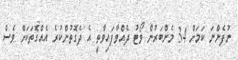
ނުފެންނަ ކަމަށް 34 މެންބަރުން ވޯޓު ދެއްވާފައިވާތީ އެ ދެގޮތުންކުރެ އެއްގޮތަކަށް ވެސް